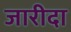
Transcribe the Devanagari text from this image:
जारीदा